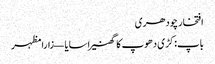
افتخار چودھری
باپ: کڑی دھوپ کا گھنیرا سایا — زارا مظہر